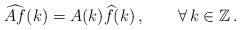
\begin{align*}\widehat{Af}(k)=A(k)\widehat{f}(k)\,,\qquad\forall\,k\in\mathbb Z\,.\end{align*}